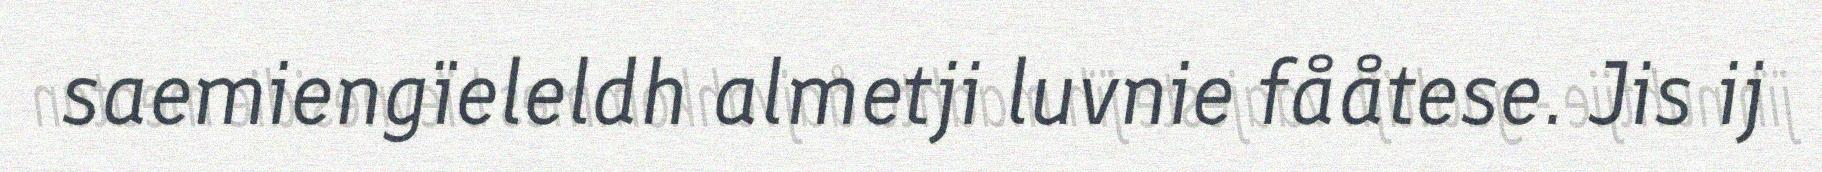
saemiengïeleldh almetji luvnie fååtese. Jis ij